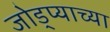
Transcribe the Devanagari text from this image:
जोड्प्याच्या